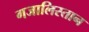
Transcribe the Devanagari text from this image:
गजालिस्तान